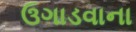
ઉગાડવાના